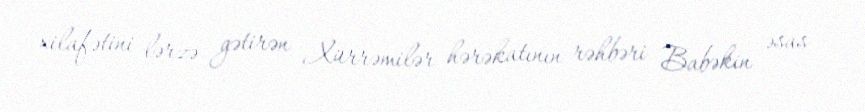
xilafətini lərzə gətirən Xürrəmilər hərəkatının rəhbəri Babəkin əsas